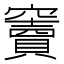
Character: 竇